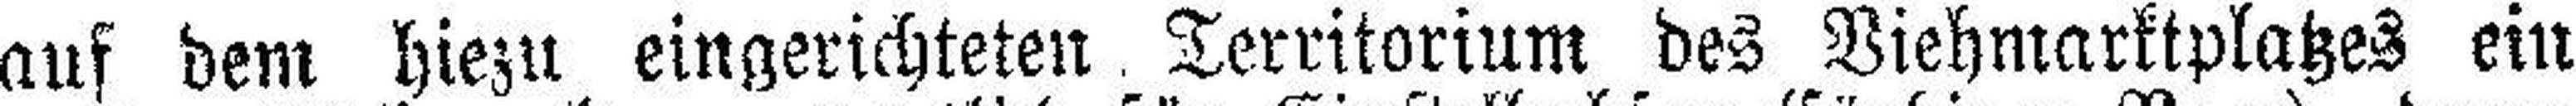
auf dem hiezu eingerichteten. Territorium des Viehmarktplatzes ein